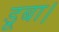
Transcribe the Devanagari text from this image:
डूबा।